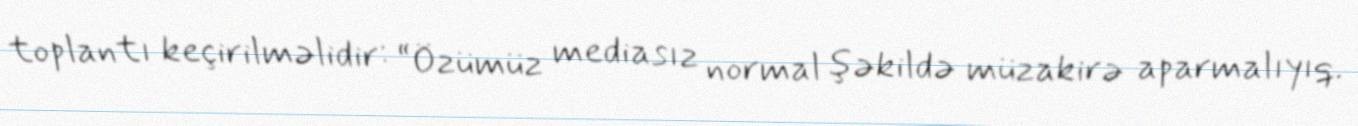
toplantı keçirilməlidir: “Özümüz mediasız normal şəkildə müzakirə aparmalıyıq.